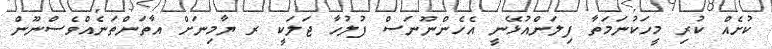
ކުށެއް ކުރި މީހަކުނަމަތާ ފިލަންއުޅޭނީ އެހެންނޫނަސް ފުލުހާ ޖަލަކީ ރ ޔާމިނަށް އާތަންތަނެއްވެސްނޫން